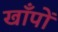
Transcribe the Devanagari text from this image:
खाँपों